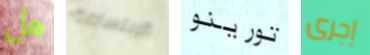
هل الإبتسامة تورينو إجرى